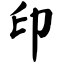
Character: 印